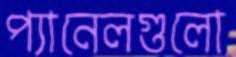
প্যানেলগুলো